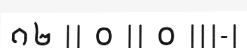
១២ || ០ || ០ |||-|